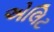
એલિટ